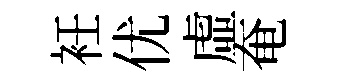
衽优虛奄